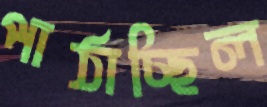
পাঠাচ্ছিল